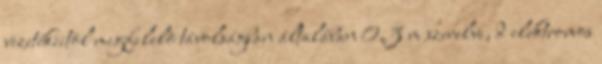
vezetékeitõl megfelelõ távolságban általában 0,3 m szerelve, d elektromos